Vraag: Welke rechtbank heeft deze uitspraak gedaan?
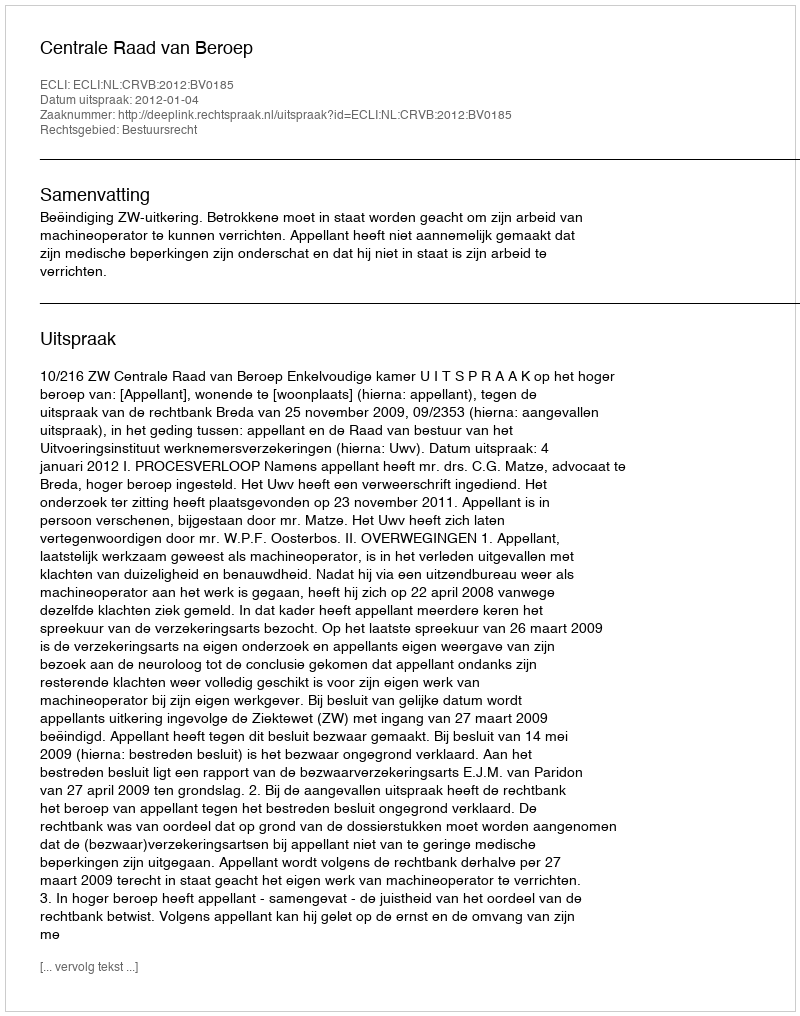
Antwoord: Centrale Raad van Beroep